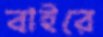
বাইরে